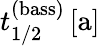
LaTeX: t_{1/2}^{(\mathrm{bass})}\, [\mathrm{a}]